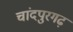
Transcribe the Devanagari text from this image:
चांदपुरगढ़